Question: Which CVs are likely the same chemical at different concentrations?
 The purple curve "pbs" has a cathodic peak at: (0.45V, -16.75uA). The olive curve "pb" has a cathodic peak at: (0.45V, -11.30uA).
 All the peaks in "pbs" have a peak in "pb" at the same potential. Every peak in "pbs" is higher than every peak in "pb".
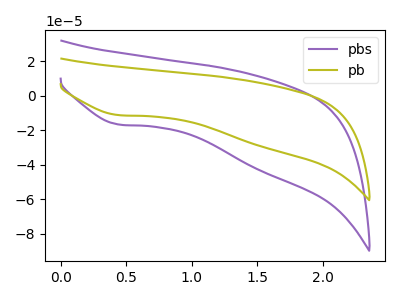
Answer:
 <answer>"pb" and "pbs" have the same shape and are likely CV's of the same chemical.</answer>
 <eval>"pb" "pbs"</eval>